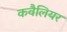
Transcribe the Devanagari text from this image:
कवैलियर